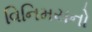
વિનિમયનો